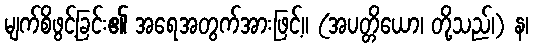
မျက်စိဖွင့်ခြင်း၏ အရေအတွက်အားဖြင့်။ (အပတ္တိယော၊ တို့သည်၊) န၊